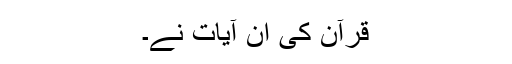
قرآن کی ان آیات نے۔